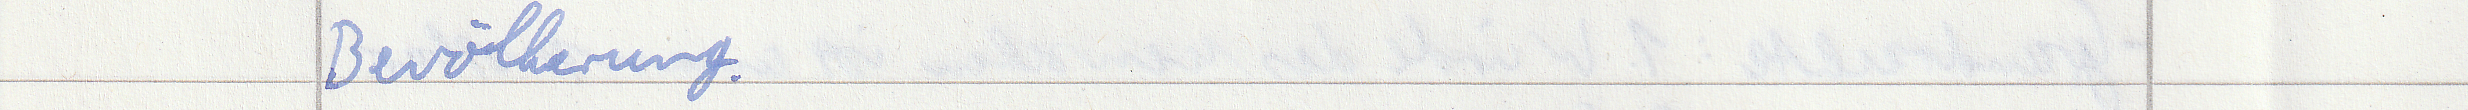
Bevölkerung.